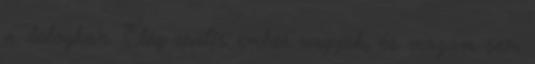
a dologban. Elég reális ember vagyok, és magam sem